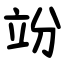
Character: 竕